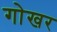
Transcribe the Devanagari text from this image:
गोखर